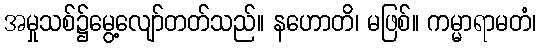
အမှုသစ်၌မွေ့လျော်တတ်သည်။ နဟောတိ၊ မဖြစ်။ ကမ္မာရာမတံ၊